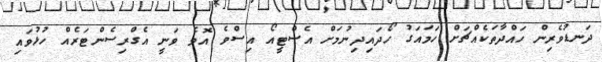
ދަނޑުވެރިން ހައްދާތަކެއްޗަށް ހަމައަގު ހޯދައިދިނުމަށް އެސްޓީއޯ އިސްވެ އޮވެ ވަނީ އެގްރިސެންޓަރެއް ހުޅުވައި